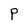
Character: P